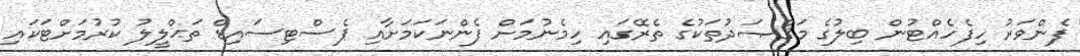
ފެންވަރު ހިފެހެއްޓުން ބިލުގެ މަޤްޞަދުތަކުގެ ތެރޭގައި ހިމެނުމަށް ފެންނަކަމަށާއި ޕެސްޓިސައިޑް ތަޙްލީލު ކުރުމަށްޓަކައި